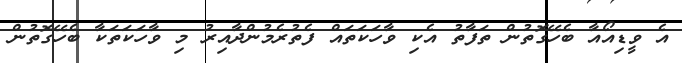
އެ ވީޑިއޯއާ ބެހޭގޮތުން ތަފާތު އެކި ވާހަކަތައް ފެތުރެމުންދާއިރު މި ވާހަކަތަކާ ބެހޭގޮތުން